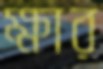
ক্ষার